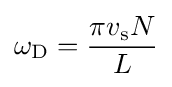
\omega _{\rm {D}}={\frac {\pi v_{\rm {s}}N}{L}}